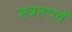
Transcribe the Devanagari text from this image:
सन्नतपर्व